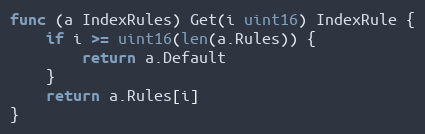
Language: Go
func (a IndexRules) Get(i uint16) IndexRule {
	if i >= uint16(len(a.Rules)) {
		return a.Default
	}
	return a.Rules[i]
}